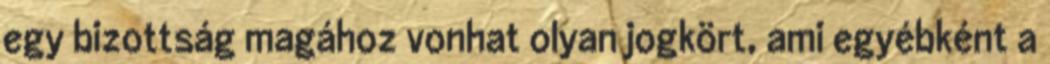
egy bizottság magához vonhat olyan jogkört, ami egyébként a